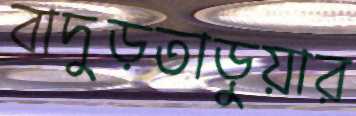
বাদুড়তাড়ুয়ার